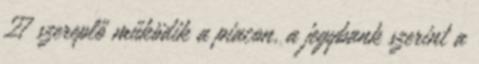
27 szereplő működik a piacon, a jegybank szerint a